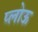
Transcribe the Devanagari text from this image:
प्लोऊ